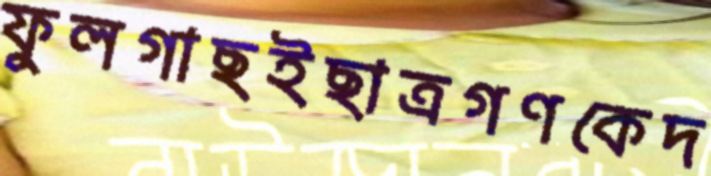
ফুলগাছইছাত্রগণকেদ